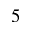
5